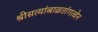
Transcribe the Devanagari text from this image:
श्रीसत्यांबाव्रतांगत्वेन